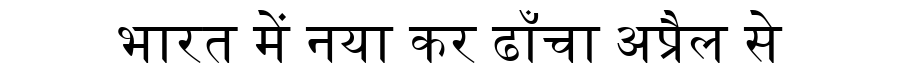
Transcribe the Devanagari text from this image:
भारत में नया कर ढाँचा अप्रैल से